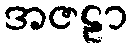
အဇဠာ